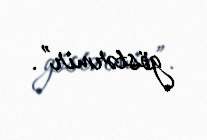
göstərmir”.